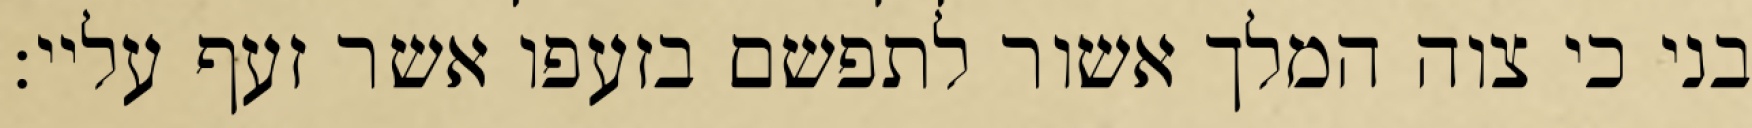
בני כי צוה המלך אשור לתפשם בזעפו אשר זעף עליי: